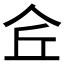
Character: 𠇯